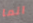
انما